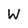
Character: W